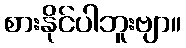
စားနိုင်ပါဘူးဗျာ။